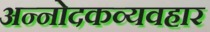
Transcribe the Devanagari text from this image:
अन्नोदकव्यवहार